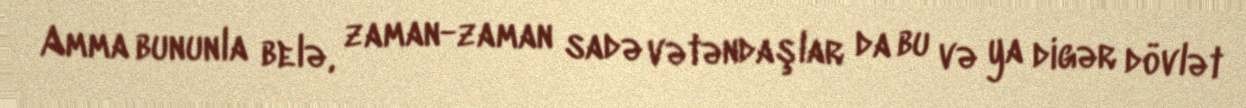
Amma bununla belə, zaman-zaman sadə vətəndaşlar da bu və ya digər dövlət